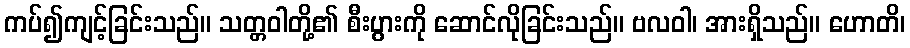
ကပ်၍ကျင့်ခြင်းသည်။ သတ္တဝါတို့၏ စီးပွားကို ဆောင်လိုခြင်းသည်။ ဗလဝါ၊ အားရှိသည်။ ဟောတိ၊